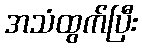
အသံထွက်ပြီး